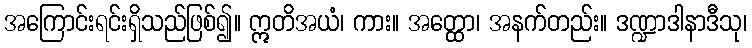
အကြောင်းရင်းရှိသည်ဖြစ်၍။ ဣတိအယံ၊ ကား။ အတ္ထော၊ အနက်တည်း။ ဒဏ္ဍာဒါနာဒီသု၊